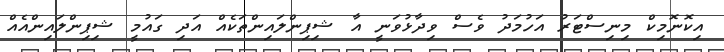
އިކޮނޮމިކް މިނިސްޓަރު އަހުމަދު ވެސް ވިދާޅުވަނީ އާ ޝިޕިންލައިންތަކެއް އަދި ގައުމީ ޝިޕިންލައިންއެއް